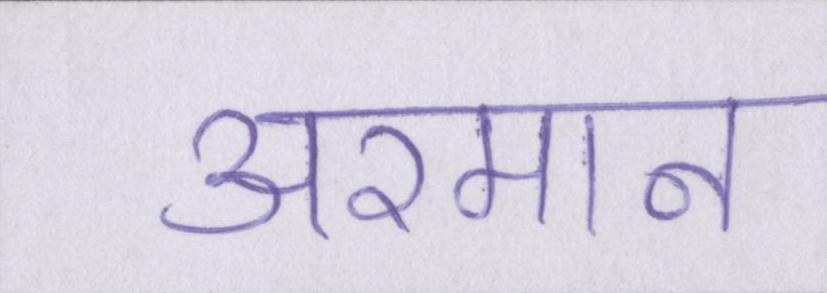
अरमान